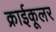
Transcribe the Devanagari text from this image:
क्राईकूलर